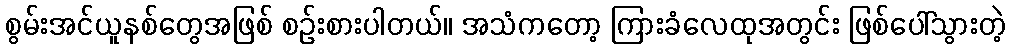
စွမ်းအင်ယူနစ်တွေအဖြစ် စဉ်းစားပါတယ်။ အသံကတော့ ကြားခံလေထုအတွင်း ဖြစ်ပေါ်သွားတဲ့